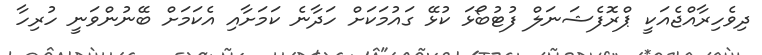
ދިވެހިރާއްޖެއަކީ ޕްރޮފެޝަނަލް ފުޓުބޯޅަ ކުޅޭ ގައުމަކަށް ހަދާނެ ކަމަށާއި އެކަމަށް ބޭނުންވަނީ ހުރިހާ